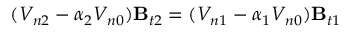
( V _ { n 2 } - \alpha _ { 2 } V _ { n 0 } ) \mathbf { B } _ { t 2 } = ( V _ { n 1 } - \alpha _ { 1 } V _ { n 0 } ) \mathbf { B } _ { t 1 }